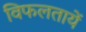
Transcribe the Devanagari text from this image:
विफलतायें